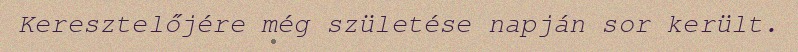
Keresztelőjére még születése napján sor került.